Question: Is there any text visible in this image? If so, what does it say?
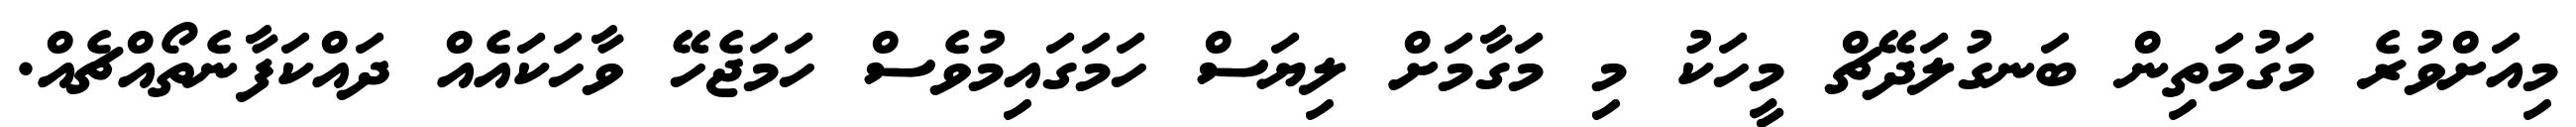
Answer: މިއަށްވުރެ މަގުމަތިން ބަނގުލަދޭޗް މީހަކު މި މަގާމަށް ލިޔަސް ހަމަގައިމުވެސް ހަމަޖެހޭ ވާހަކައެއް ދައްކަފާނެތޯއްޗެއް.